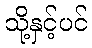
သို့နှင့်ပင်